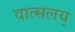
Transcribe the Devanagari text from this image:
वात्सलय्